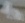
Text: 1n